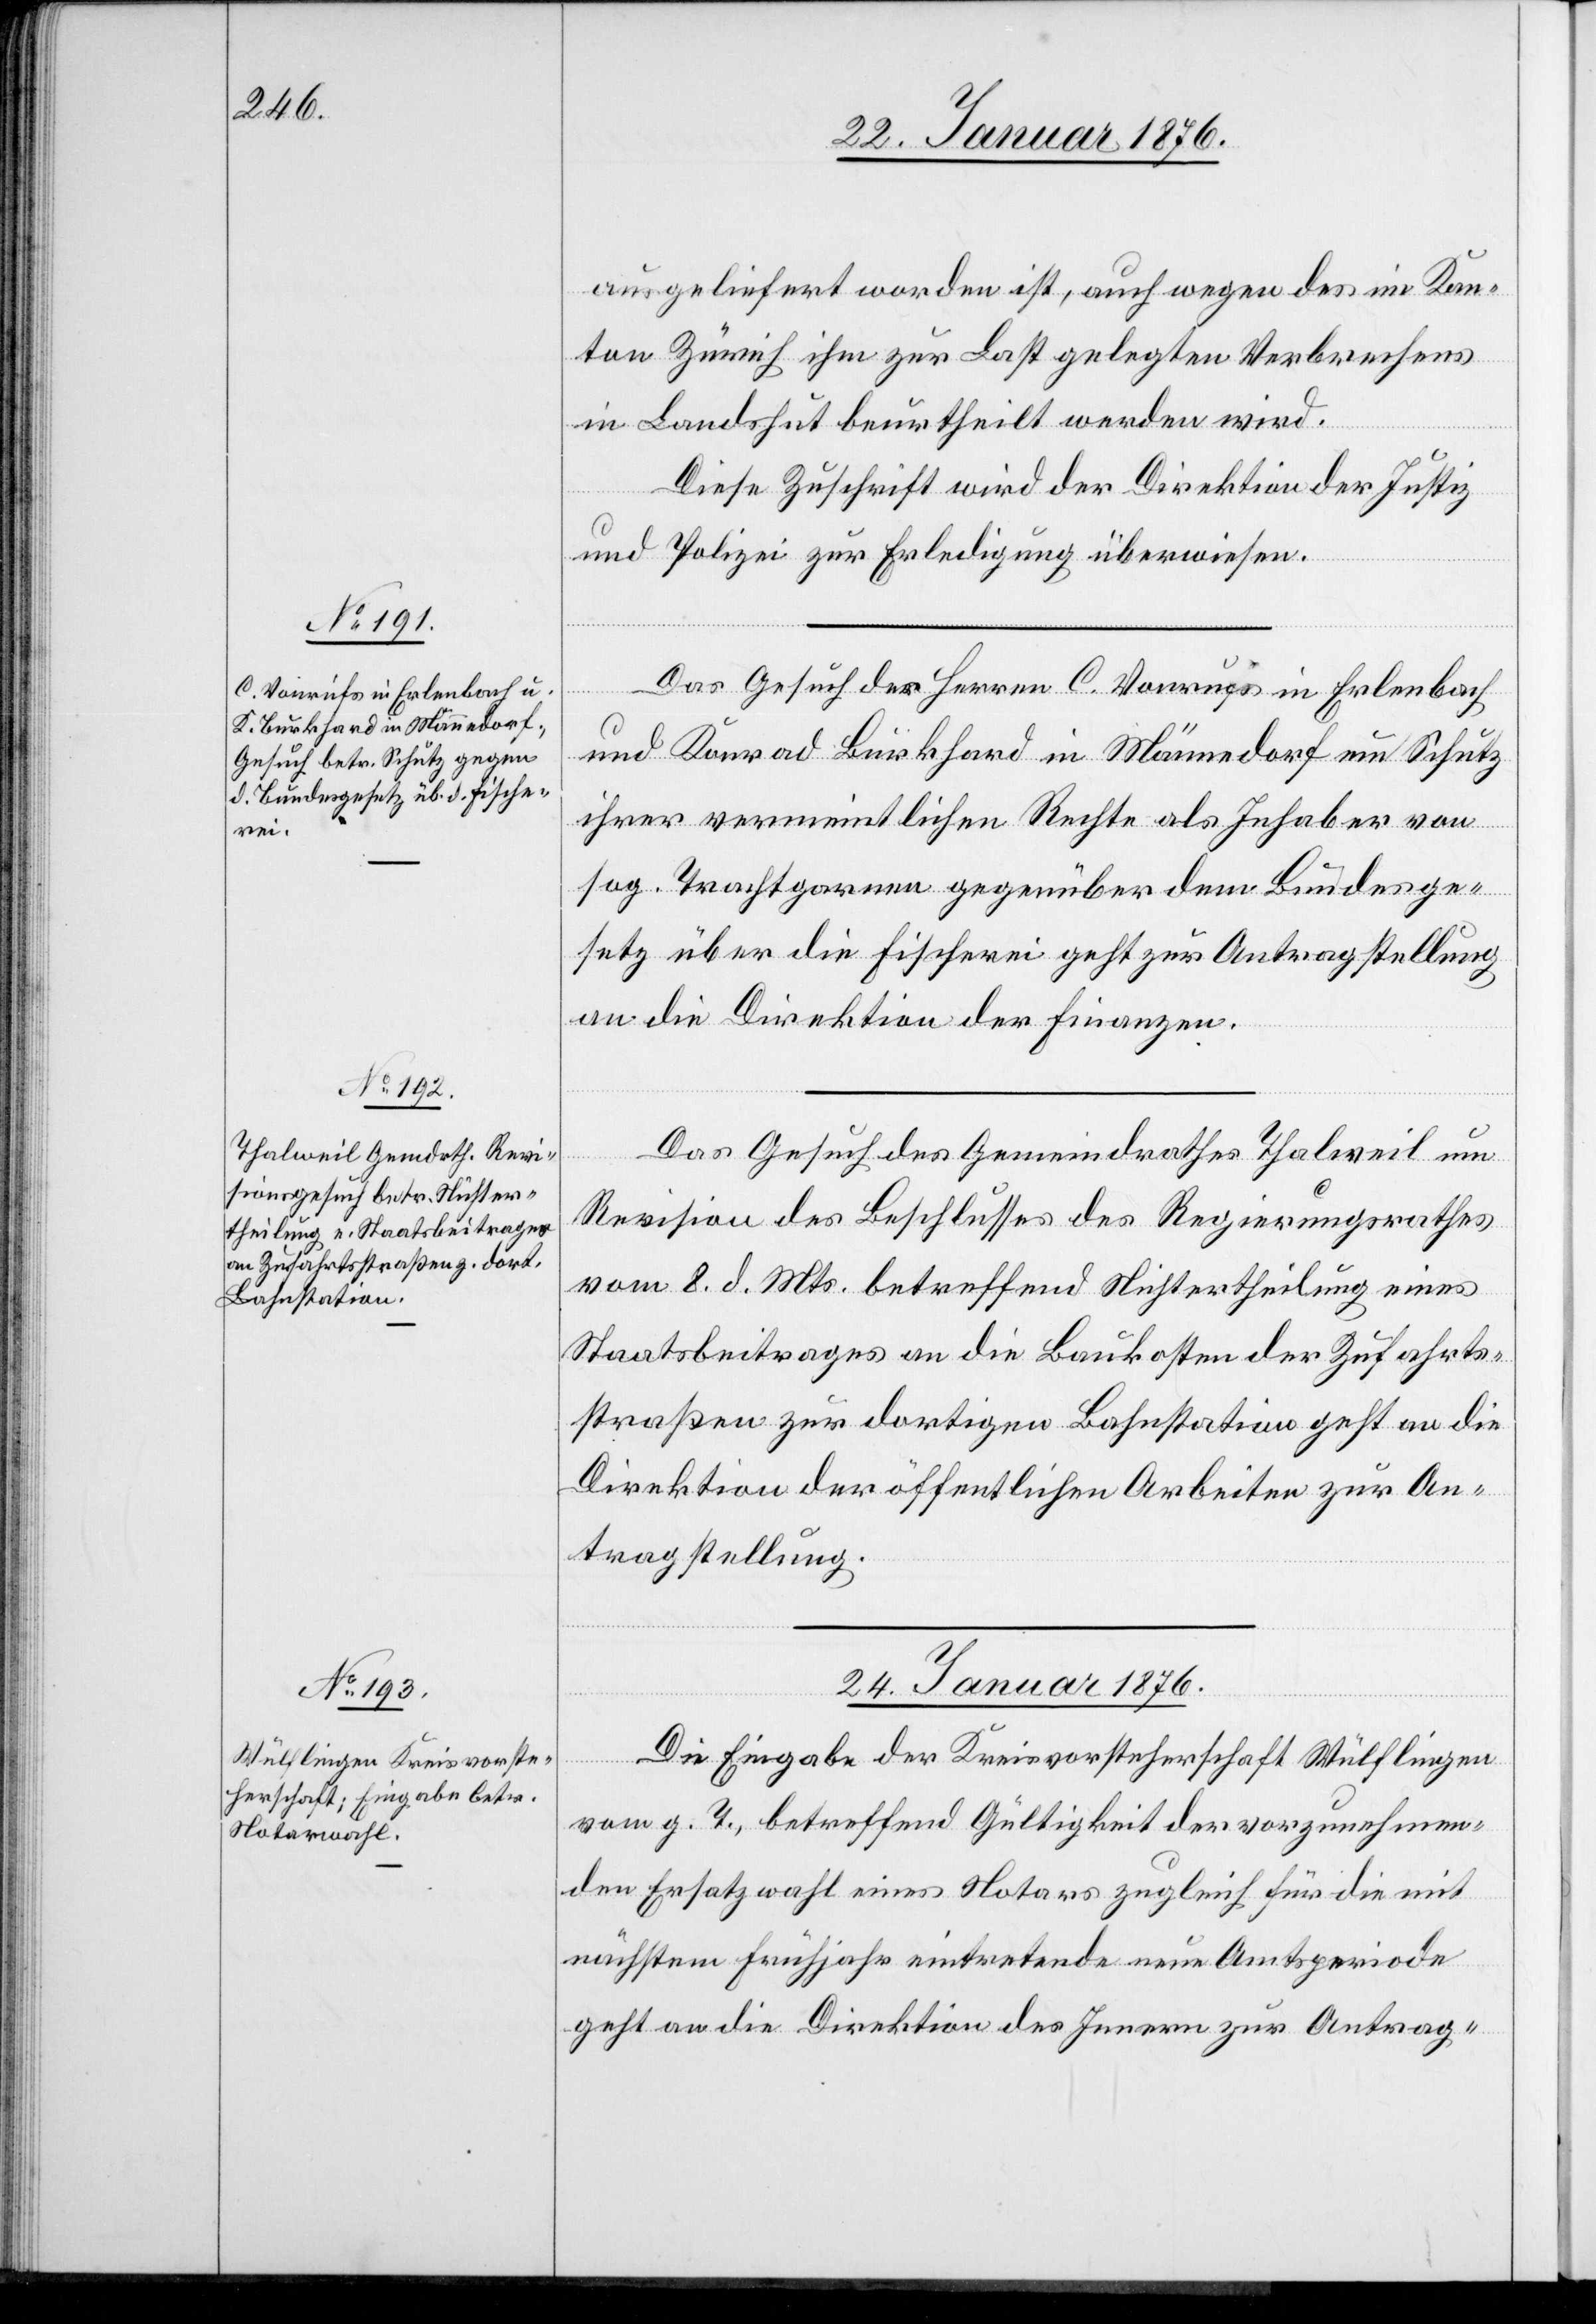
22. Januar 1876.]
ausgeliefert worden ist, auch wegen des im Kan¬
ton Zürich ihm zur Last gelegten Verbrechens
in Landshut beurtheilt werden wird.
Diese Zuschrift wird der Direktion der Justiz
und Polizei zur Erledigung überwiesen.
Das Gesuch des Herren C. Vonrufs in Erlenbach
und Konrad Burkhard in Männedorf um Schutz
ihrer vermeintlichen Rechte als Inhaber von
sog. Trachtgarnen gegenüber dem Bundesge¬
setz über die Fischerei geht zur Antragstellung
an die Direktion der Finanzen.
Das Gesuch des Gemeindrathes Thalweil um
Revision des Beschlusses des Regierungsrathes
vom 8. d. Mts. betreffend Nichtertheilung eines
Staatsbeitrages an die Baukosten der Zufahrts¬
straßen zur dortigen Bahnstation geht an die
Direktion der öffentlichen Arbeiten zur An¬
tragstellung.
24. Januar 1876.
Die Eingabe der Kreisvorsteherschaft Wülflingen
vom g. T., betreffend Gültigkeit der vorzunehmen¬
den Ersatzwahl eines Notars zugleich für die mit
nächstem Frühjahr eintretende neue Amtsperiode
geht an die Direktion des Innern zur Antrag-